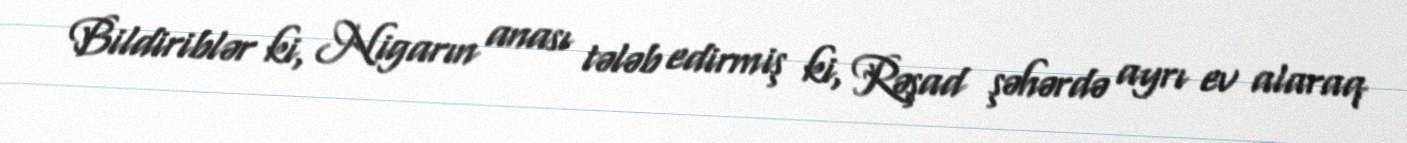
Bildiriblər ki, Nigarın anası tələb edirmiş ki, Rəşad şəhərdə ayrı ev alaraq